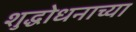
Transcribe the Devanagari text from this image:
शुद्धोधनाच्या